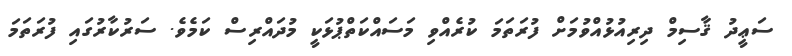
ސަޢީދު ޤާސިމް ދިރިއުޅުއްވުމަށް ފުރަތަމަ ކުރެއްވި މަސައްކަތްޕުޅަކީ މުދައްރިސް ކަމެވެ. ސަރުކާރުގައި ފުރަތަމަ